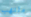
ملتهب